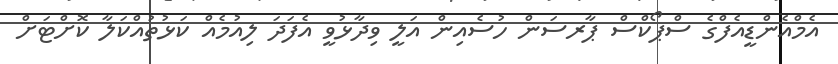
އެމްއެންޑީއެފްގެ ސްޕޯކްސް ޕާރސަން ހުސެއިން އަލީ ވިދާޅުވީ އެފަދަ ލިއުމެއް ކަޅުތުއްކަލާ ކޮށްޓަށް